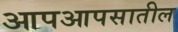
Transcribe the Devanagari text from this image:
आपआपसातील